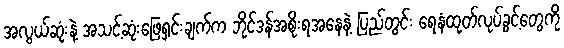
အလွယ်ဆုံးနဲ့ အသင့်ဆုံးဖြေရှင်းချက်က ဘိုင်ဒန်အစိုးရအနေနဲ့ ပြည်တွင်း ရေနံထုတ်လုပ်ခွင့်တွေကို